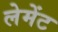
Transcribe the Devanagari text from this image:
लेमेंट